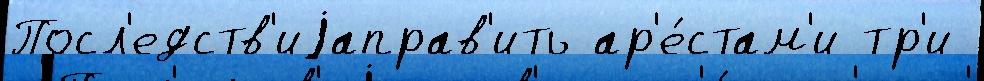
Посл'едств'иjаправ'ить ар'е́стам'и тр'и